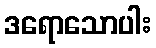
ဒရောသောပါး